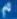
^{\hat{q}}